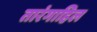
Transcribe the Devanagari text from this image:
तारंगाहिल